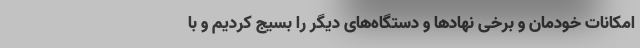
امکانات خودمان و برخی نهادها و دستگاه‌های دیگر را بسیج کردیم و با